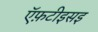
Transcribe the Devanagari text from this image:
ऍफ़टीइसइ